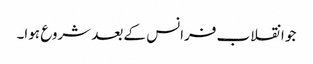
جو انقلاب فرانس کے بعد شروع ہوا۔